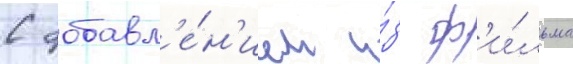
С добавл'е́н'ием и́з ф'и́льма